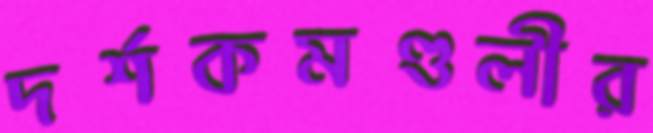
দর্শকমণ্ডলীর